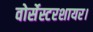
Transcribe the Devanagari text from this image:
वोर्सेस्टरशायर।